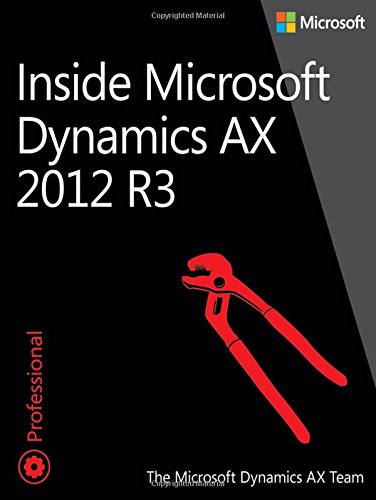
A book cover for Inside Microsoft Dynamics AX 2012 R3; The Microsoft Dynamics AX Team; Computers & Technology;